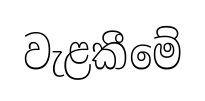
වැළකීමේ